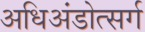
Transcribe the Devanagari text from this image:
अधिअंडोत्सर्ग